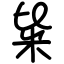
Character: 粊